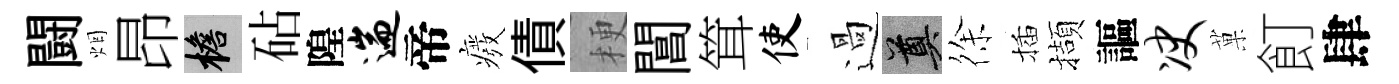
闘烟昂檐砧隍遄帝癈債梗閶䇯使過奠徐插擷謳决菓飣肆